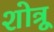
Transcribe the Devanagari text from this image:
शोत्रू